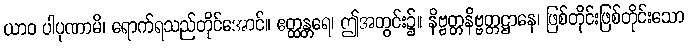
ယာဝ ပါပုဏာမိ၊ ရောက်ရသည်တိုင်အောင်။ ဧတ္ထန္တရေ၊ ဤအတွင်း၌။ နိဗ္ဗတ္တနိဗ္ဗတ္တဋ္ဌာနေ၊ ဖြစ်တိုင်းဖြစ်တိုင်းသော